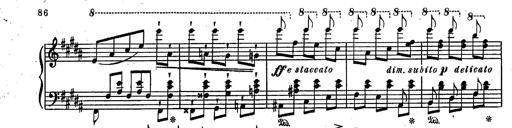
Title: RÃ©miniscences des Huguenots
Composer: Franz Liszt